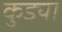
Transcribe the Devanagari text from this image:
कुड्या